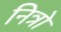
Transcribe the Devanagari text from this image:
नित्रो